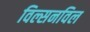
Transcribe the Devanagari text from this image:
विल्सनविल